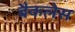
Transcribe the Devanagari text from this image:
बैकलेस